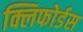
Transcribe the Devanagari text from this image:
क्लिफोर्डस